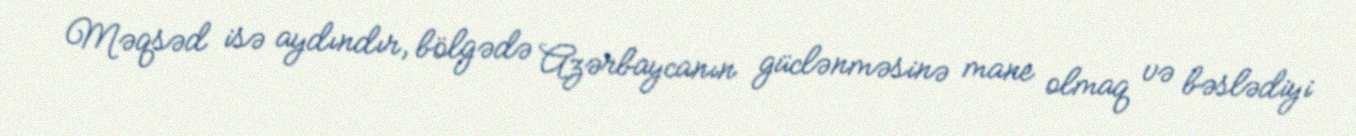
Məqsəd isə aydındır, bölgədə Azərbaycanın güclənməsinə mane olmaq və bəslədiyi